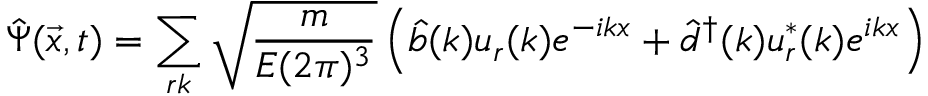
\hat { \Psi } ( \vec { x } , t ) = \sum _ { r k } \sqrt { \frac { m } { E ( 2 \pi ) ^ { 3 } } } \left( \hat { b } ( k ) u _ { r } ( k ) e ^ { - i k x } + \hat { d } ^ { \dag } ( k ) u _ { r } ^ { * } ( k ) e ^ { i k x } \right)